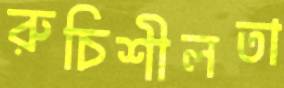
রুচিশীলতা